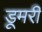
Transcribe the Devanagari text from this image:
डूमरी